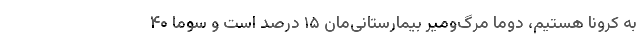
به کرونا هستیم، دوما مرگ‌ومیر بیمارستانی‌مان ۱۵ درصد است و سوما ۴۰